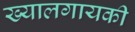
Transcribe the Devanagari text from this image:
ख्यालगायकी